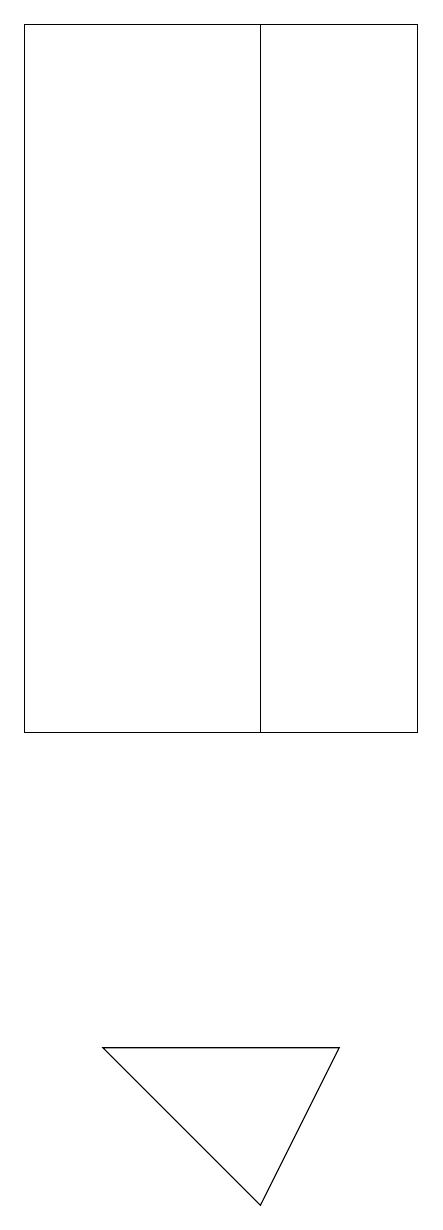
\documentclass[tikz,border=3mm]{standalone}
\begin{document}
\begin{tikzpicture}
\draw (7,19) rectangle (4,10);
\draw (8,6) -- (5,6) -- (7,4) -- cycle;
\draw (4,19) rectangle (9,10);
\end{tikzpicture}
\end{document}